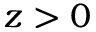
z > 0